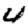
Digit: 4